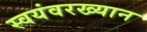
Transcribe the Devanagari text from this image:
स्वयंवरख्यान